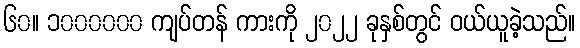
၆၀။ ၁၀၀၀၀၀၀ ကျပ်တန် ကားကို ၂၀၂၂ ခုနှစ်တွင် ဝယ်ယူခဲ့သည်။